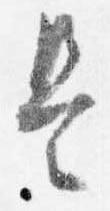
是